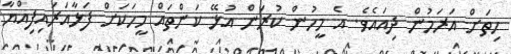
ހިތަށް އަރަމުން ދިއައެވެ. އެ މީހުން ކުރަން އުޅޭ ކަންތައް މީހަކަށް ފަޅާއަރައިފިއްޔާ